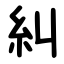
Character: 糾